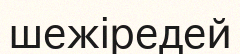
шежіредей